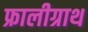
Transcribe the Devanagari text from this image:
फ्रालीग्राथ